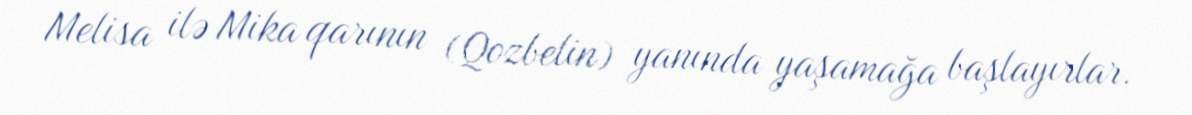
Melisa ilə Mika qarının (Qozbelin) yanında yaşamağa başlayırlar.